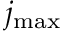
j _ { \mathrm { m a x } }